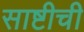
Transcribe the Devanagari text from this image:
साष्टीची